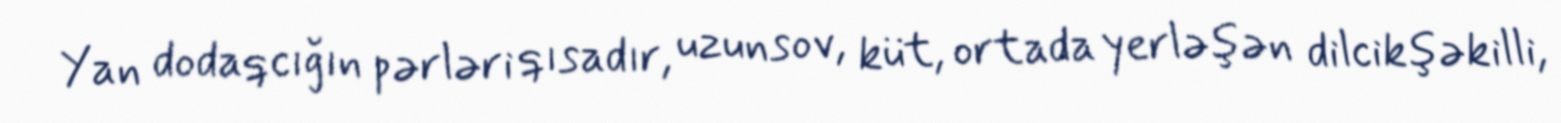
Yan dodaqcığın pərləri qısadır, uzunsov, küt, ortada yerləşən dilcikşəkilli,